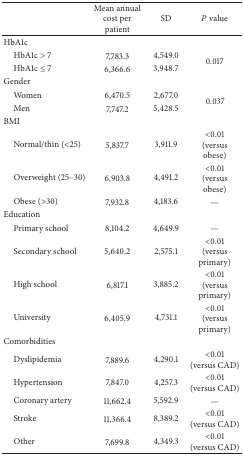
<table><thead><tr><td><b> </b></td><td><b>Mean annual cost per patient</b></td><td><b>SD</b></td><td><b><i>P</i> value</b></td></tr></thead><tbody><tr><td>HbA1c</td><td> </td><td> </td><td> </td></tr><tr><td> HbA1c &gt; 7</td><td>7,783.3 </td><td>4,549.0 </td><td rowspan="2"> 0.017</td></tr><tr><td> HbA1c ≤ 7</td><td>6,366.6</td><td>3,948.7</td></tr><tr><td>Gender</td><td> </td><td> </td><td> </td></tr><tr><td> Women</td><td>6,470.5</td><td>2,677.0</td><td rowspan="2"> 0.037</td></tr><tr><td> Men</td><td>7,747.2 </td><td>5,428.5 </td></tr><tr><td>BMI</td><td> </td><td> </td><td> </td></tr><tr><td> Normal/thin (&lt;25)</td><td>5,837.7</td><td>3,911.9</td><td>&lt;0.01 (versus obese)</td></tr><tr><td> Overweight (25–30)</td><td>6,903.8 </td><td>4,491.2 </td><td>&lt;0.01 (versus obese)</td></tr><tr><td> Obese (&gt;30)</td><td>7,932.8 </td><td>4,183.6 </td><td>—</td></tr><tr><td>Education</td><td> </td><td> </td><td> </td></tr><tr><td> Primary school</td><td>8,104.2</td><td>4,649.9 </td><td>—</td></tr><tr><td> Secondary school</td><td>5,640.2 </td><td>2,575.1 </td><td>&lt;0.01 (versus primary)</td></tr><tr><td> High school</td><td>6,817.1 </td><td>3,885.2 </td><td>&lt;0.01 (versus primary)</td></tr><tr><td> University</td><td>6,405.9 </td><td>4,731.1 </td><td>&lt;0.01 (versus primary)</td></tr><tr><td>Comorbidities</td><td> </td><td> </td><td> </td></tr><tr><td> Dyslipidemia</td><td>7,889.6</td><td>4,290.1</td><td>&lt;0.01 (versus CAD)</td></tr><tr><td> Hypertension</td><td>7,847.0 </td><td>4,257.3 </td><td>&lt;0.01 (versus CAD)</td></tr><tr><td> Coronary artery</td><td>11,662.4 </td><td>5,592.9 </td><td>—</td></tr><tr><td> Stroke</td><td>11,366.4 </td><td>8,389.2 </td><td>&lt;0.01 (versus CAD)</td></tr><tr><td> Other</td><td>7,699.8 </td><td>4,349.3 </td><td>&lt;0.01 (versus CAD)</td></tr></tbody></table>